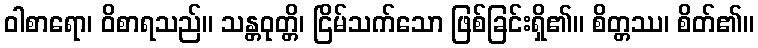
ဝါစာရော၊ ဝိစာရသည်။ သန္တဝုတ္တိ၊ ငြိမ်သက်သော ဖြစ်ခြင်းရှိ၏။ စိတ္တဿ၊ စိတ်၏။